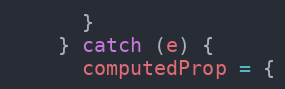
Language: JavaScript
      }
    } catch (e) {
      computedProp = {